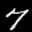
Label: 7